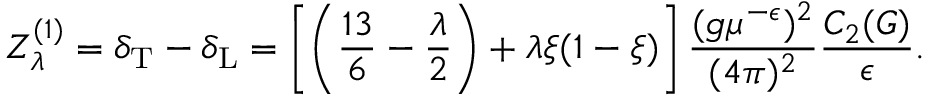
Z _ { \lambda } ^ { ( 1 ) } = \delta _ { \mathrm { T } } - \delta _ { \mathrm { L } } = \left[ \left( \frac { 1 3 } 6 - \frac \lambda 2 \right) + \lambda \xi ( 1 - \xi ) \right] \frac { ( g \mu ^ { - \epsilon } ) ^ { 2 } } { ( 4 \pi ) ^ { 2 } } \frac { C _ { 2 } ( G ) } { \epsilon } .